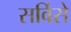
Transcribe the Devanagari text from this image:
सर्विसे